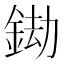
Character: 𨦲